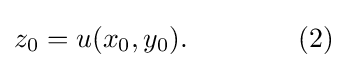
z_{0}=u(x_{0},y_{0}).\qquad \qquad (2)